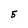
Character: 5